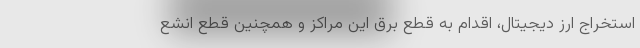
استخراج ارز دیجیتال، اقدام به قطع برق این مراکز و همچنین قطع انشع